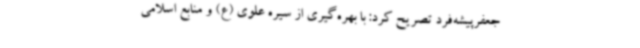
جعفرپیشه‌فرد تصریح کرد: با بهره‌گیری از سیره علوی (ع) و منابع اسلامی